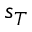
s _ { T }